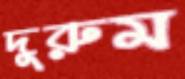
দুরুম